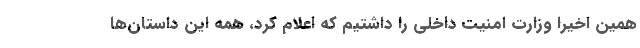
همین اخیرا وزارت امنیت داخلی را داشتیم که اعلام کرد، همه این داستان‌ها